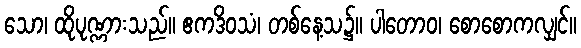
သော၊ ထိုပုဏ္ဏားသည်။ ဧကဒိဝသံ၊ တစ်နေ့သ၌။ ပါတောဝ၊ စောစောကလျှင်။